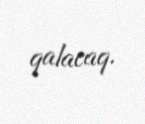
qalacaq.